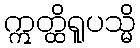
ဣတ္ထိရူပသ္မိ